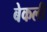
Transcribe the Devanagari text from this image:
बेकली